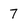
Character: 7